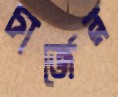
চার্জের